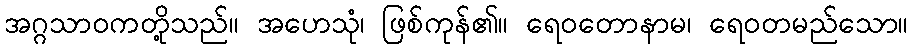
အဂ္ဂသာဝကတို့သည်။ အဟေသုံ၊ ဖြစ်ကုန်၏။ ရေဝတောနာမ၊ ရေဝတမည်သော။